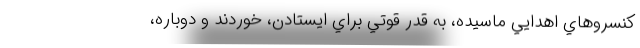
كنسروهاي اهدايي ماسيده، به قدر قوتي براي ايستادن، خوردند و دوباره،